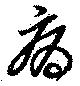
病